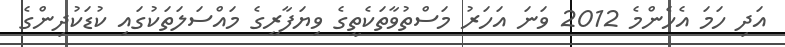
އަދި ހަމަ އެހެންމެ 2012 ވަނަ އަހަރު މަސްތުވާތަކެތީގެ ވިޔަފާރީގެ މައްސަލަތަކުގައި ކުޑަކުދިންގެ